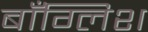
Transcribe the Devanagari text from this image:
बाँग्लिश